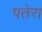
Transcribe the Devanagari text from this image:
पतेरा